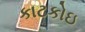
કાટકોઇ